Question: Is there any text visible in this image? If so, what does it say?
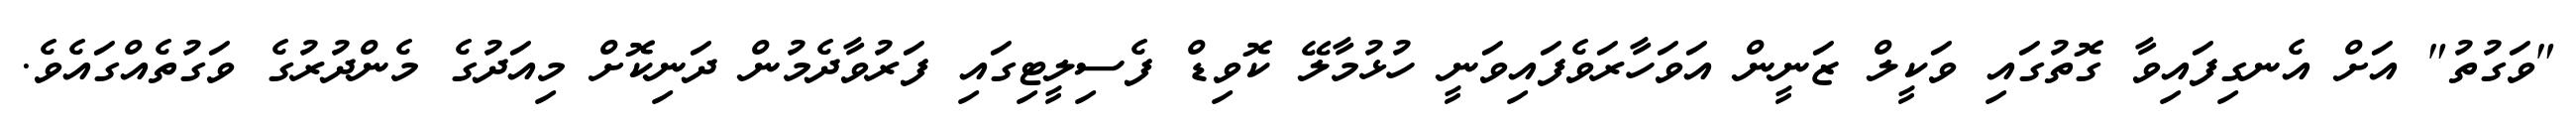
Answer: "ވަގުތު" އަށް އެނގިފައިވާ ގޮތުގައި ވަކީލް ޒަނީން އަވަހާރަވެފައިވަނީ ހުޅުމާލޭ ކޮވިޑް ފެސިލީޓިގައި ފަރުވާދެމުން ދަނިކޮށް މިއަދުގެ މެންދުރުގެ ވަގުތެއްގައެވެ.